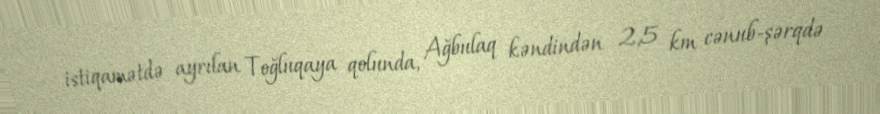
istiqamətdə ayrılan Toğluqaya qolunda, Ağbulaq kəndindən 2,5 km cənub-şərqdə